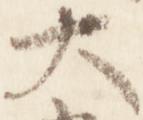
大